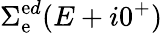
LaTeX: \Sigma_{\mathrm{e}}^{\mathrm{e}d}(E+i0^{+})